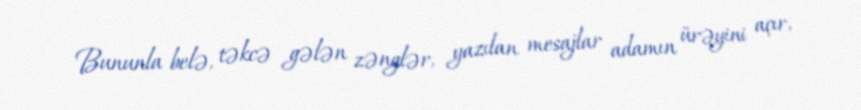
Bununla belə, təkcə gələn zənglər, yazılan mesajlar adamın ürəyini açır,